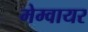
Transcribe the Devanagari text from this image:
मेम्वायर